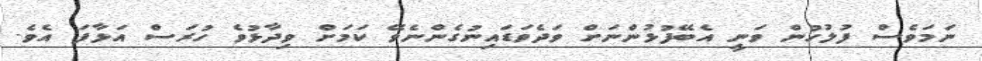
ނަމަވެސް ފުލުހުން ވަނީ އެބޭފުޅުންނަށް ވަދެވަޑައިނުގެންނެވޭ ކަަމަށް ވިދާޅުވެ ހުރަސް އަޅާފަ އެވެ.